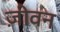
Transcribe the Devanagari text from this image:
ज़ीवन